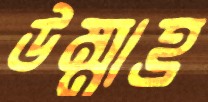
উম্মাহ্র